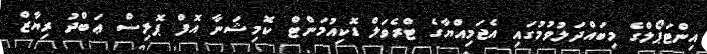
އިންޓަޕޯލްގެ މިބައްދަލުވުމުގައި އެޖަމިއްޔާގެ ޓްރެވަލް ޑޮކިއުމަންޓް ކޮމިޝަނާ އޮފް ޕޮލިސް ޢަބްދު ރިޔާޒް